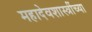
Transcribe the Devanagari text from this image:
महादेवशास्त्रींच्या